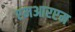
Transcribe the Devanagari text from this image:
एमआरएम